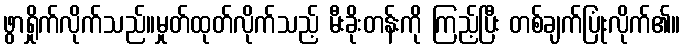
ဖွာရှိုက်လိုက်သည်။မှုတ်ထုတ်လိုက်သည့် မီးခိုးတန်းကို ကြည့်ပြီး တစ်ချက်ပြုံးလိုက်၏။